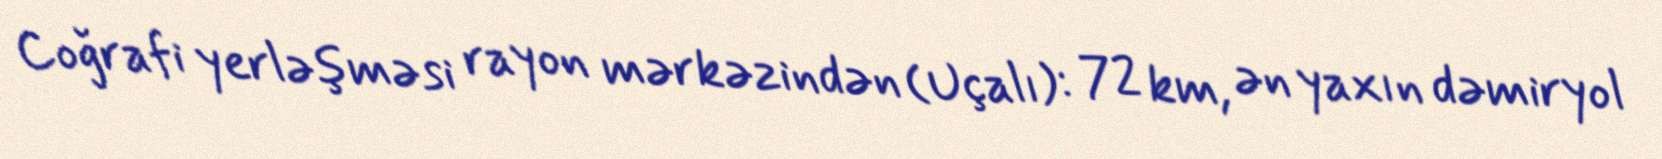
Coğrafi yerləşməsi rayon mərkəzindən (Uçalı): 72 km, ən yaxın dəmiryol